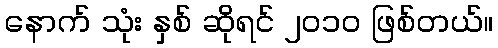
နောက် သုံး နှစ် ဆိုရင် ၂၀၁၀ ဖြစ်တယ်။